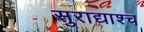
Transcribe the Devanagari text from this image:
सुराद्याश्च